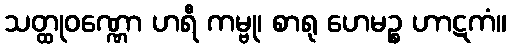
သတ္ထုဝဏ္ဏော ဟရီ ကမ္ဗု၊ စာရု ဟေမဉ္စ ဟာဋကံ။